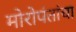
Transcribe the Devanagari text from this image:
मोरोपंतांचा